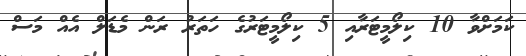
ކަމަށްވާ 10 ކިލޯމީޓަރާއި 5 ކިލޯމީޓަރުގެ ހަތަރު ރަން މެޑަލް އެއް މަސް